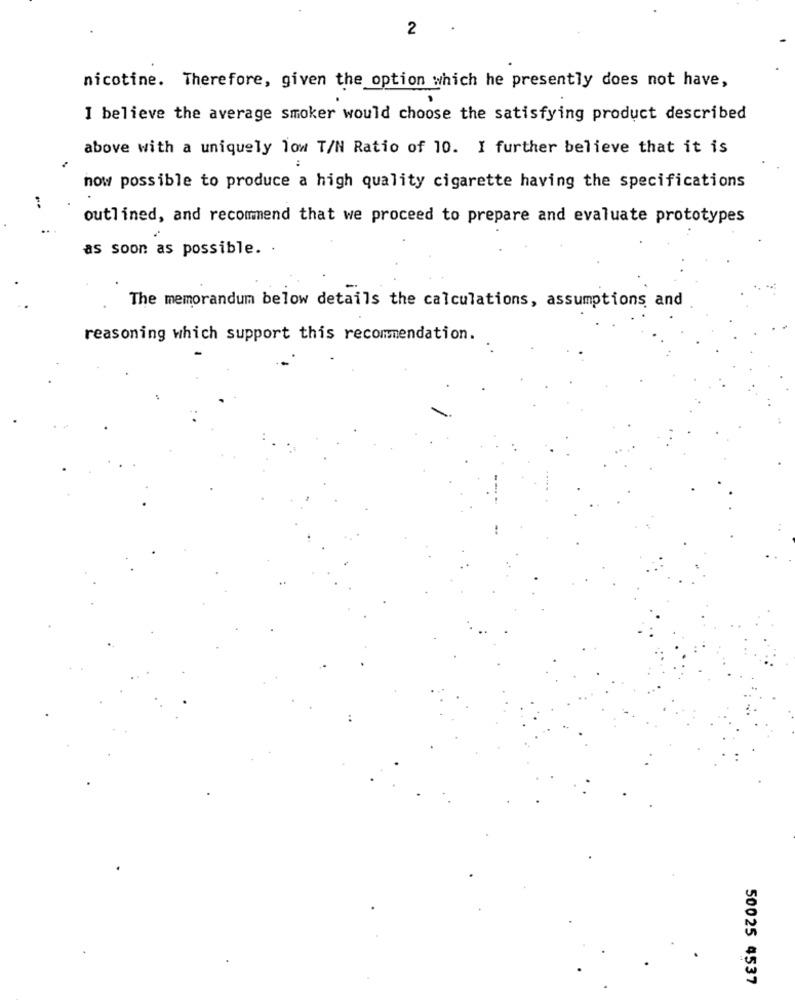
2
nicotine. Therefore, given the option which he presently does not have,
I believe the average smoker would choose the satisfying product described
above with a uniquely low T/N Ratio of 10. I further believe that it is
now possible to produce a high quality cigarette having the specifications
outlined, and recommend that we proceed to prepare and evaluate prototypes
as soon as possible. .
The memorandum below details the calculations, assumptions and
reasoning which support this recommendation.
50025 4537